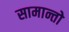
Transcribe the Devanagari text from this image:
सामान्तो